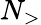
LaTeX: N_{>}